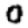
Digit: 0